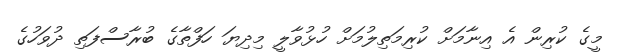
މީގެ ކުރިން އެ އިނާމަށް ކުރިމަތިލުމަށް ހުޅުވާލީ މިދިޔަ ހަފްތާގެ ބުރާސްފަތި ދުވަހުގެ